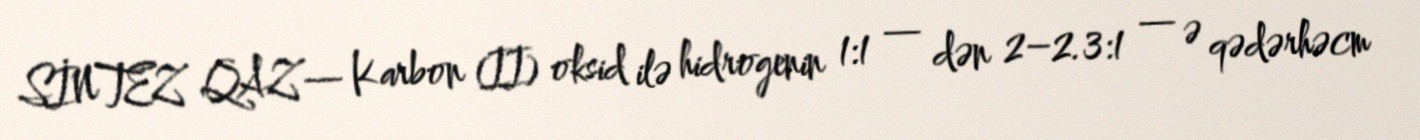
SİNTEZ QAZ— Karbon (II) oksid ilə hidrogenin 1:1 — dən 2–2.3:1 — ə qədərhəcm